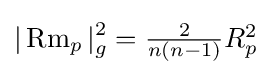
|\operatorname {Rm} _{p}|_{g}^{2}=\textstyle {\frac {2}{n(n-1)}}R_{p}^{2}